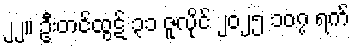
၂၂။ ဦးတင်ထွဋ် ၃၁ ဇူလိုင် ၂၀၂၅ ၁၀၇ ရက်